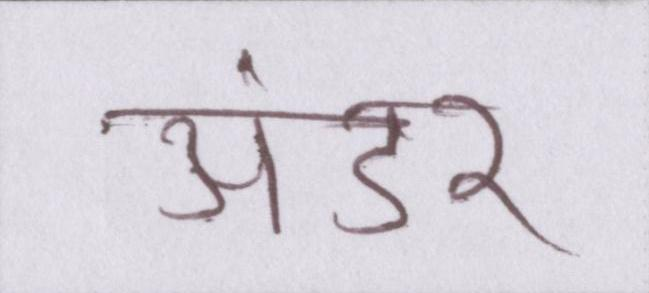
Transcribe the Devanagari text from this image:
अंडर